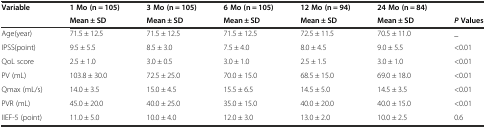
<table><thead><tr><td rowspan="2"><b>Variable</b></td><td><b>1 Mo (n = 105)</b></td><td><b>3 Mo (n = 105)</b></td><td><b>6 Mo (n = 105)</b></td><td><b>12 Mo (n = 94)</b></td><td><b>24 Mo (n = 84)</b></td><td></td></tr><tr><td><b>Mean ± SD</b></td><td><b>Mean ± SD</b></td><td><b>Mean ± SD</b></td><td><b>Mean ± SD</b></td><td><b>Mean ± SD</b></td><td><b><i>P</i>Values</b></td></tr></thead><tbody><tr><td>Age(year)</td><td>71.5 ± 12.5</td><td>71.5 ± 12.5</td><td>71.5 ± 12.5</td><td>72.5 ± 11.5</td><td>70.5 ± 11.0</td><td>_</td></tr><tr><td>IPSS(point)</td><td>9.5 ± 5.5</td><td>8.5 ± 3.0</td><td>7.5 ± 4.0</td><td>8.0 ± 4.5</td><td>9.0 ± 5.5</td><td>&lt;0.01</td></tr><tr><td>QoL score</td><td>2.5 ± 1.0</td><td>3.0 ± 0.5</td><td>3.0 ± 1.0</td><td>2.5 ± 1.5</td><td>3.0 ± 1.0</td><td>&lt;0.01</td></tr><tr><td>PV (mL)</td><td>103.8 ± 30.0</td><td>72.5 ± 25.0</td><td>70.0 ± 15.0</td><td>68.5 ± 15.0</td><td>69.0 ± 18.0</td><td>&lt;0.01</td></tr><tr><td>Qmax (mL/s)</td><td>14.0 ± 3.5</td><td>15.0 ± 4.5</td><td>15.5 ± 6.5</td><td>14.5 ± 5.0</td><td>14.5 ± 3.5</td><td>&lt;0.01</td></tr><tr><td>PVR (mL)</td><td>45.0 ± 20.0</td><td>40.0 ± 25.0</td><td>35.0 ± 15.0</td><td>40.0 ± 20.0</td><td>40.0 ± 15.0</td><td>&lt;0.01</td></tr><tr><td>IIEF-5 (point)</td><td>11.0 ± 5.0</td><td>10.0 ± 4.0</td><td>12.0 ± 3.0</td><td>13.0 ± 2.0</td><td>10.0 ± 2.5</td><td>0.6</td></tr></tbody></table>